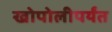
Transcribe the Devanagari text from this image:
खोपोलीपर्यंत